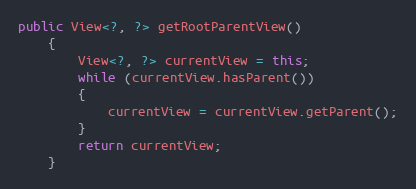
Language: Java
public View<?, ?> getRootParentView()
	{
		View<?, ?> currentView = this;
		while (currentView.hasParent())
		{
			currentView = currentView.getParent();
		}
		return currentView;
	}